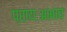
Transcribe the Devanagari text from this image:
प्रायःअभाव